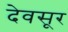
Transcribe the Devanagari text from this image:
देवसूर